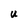
Character: U